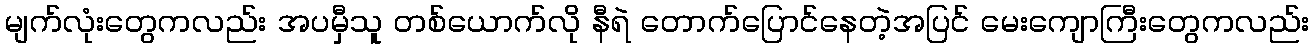
မျက်လုံးတွေကလည်း အပမှီသူ တစ်ယောက်လို နီရဲ တောက်ပြောင်နေတဲ့အပြင် မေးကျောကြီးတွေကလည်း